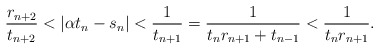
\begin{align*}\frac{r_{n+2}}{t_{n+2}}<\vert \alpha t_{n}-s_{n}\vert < \frac{1}{t_{n+1}}=\frac{1}{t_{n}r_{n+1}+t_{n-1}}<\frac{1}{t_{n}r_{n+1}}.\end{align*}